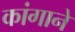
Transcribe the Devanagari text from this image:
कांगाने